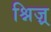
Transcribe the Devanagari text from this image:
श्निज़्र